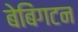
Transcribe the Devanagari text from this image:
बेबिंगटन